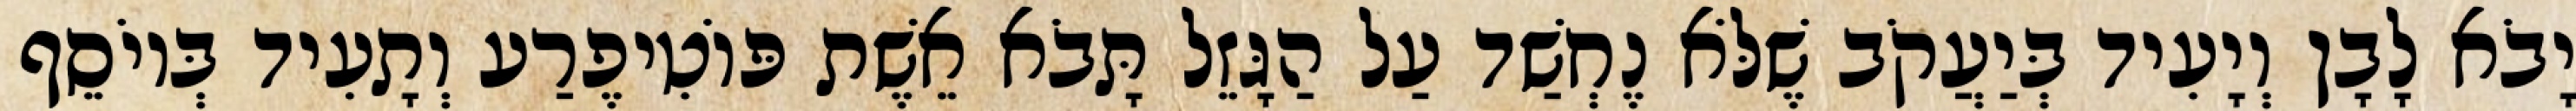
יָבֹא לָבָן וְיָעִיד בְּיַעֲקֹב שֶׁלֹּא נֶחְשַׁד עַל הַגָּזֵל תָּבֹא אֵשֶׁת פּוֹטִיפֶרַע וְתָעִיד בְּיוֹסֵף